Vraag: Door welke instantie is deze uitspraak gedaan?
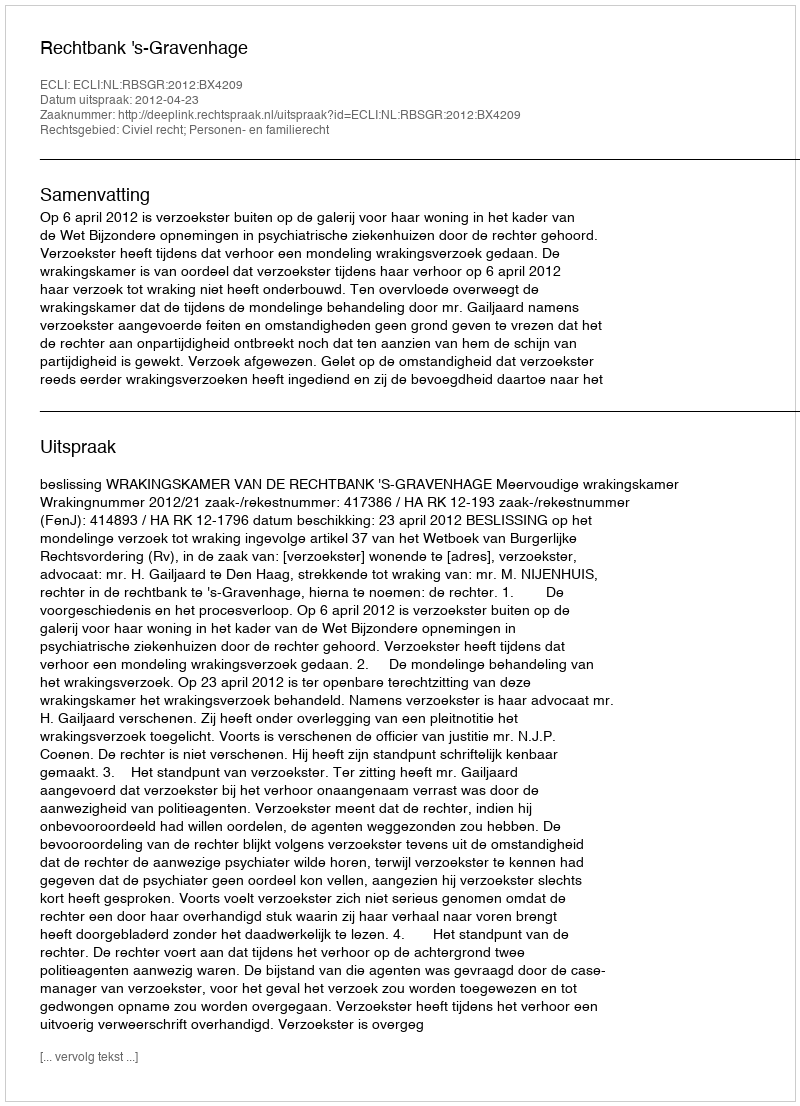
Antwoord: Rechtbank 's-Gravenhage